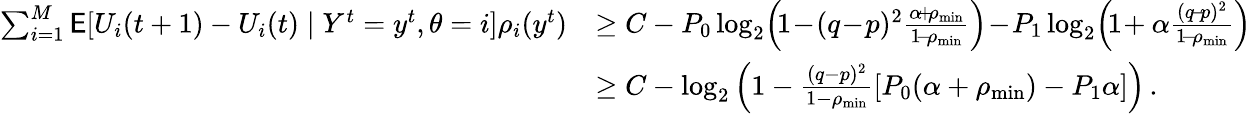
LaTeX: \begin{array}{rl}{\sum_{i=1}^{M}\mathsf{E}[U_{i}(t+1)-U_{i}(t)\mid Y^{t}=y^{t},\theta=i]\rho_{i}(y^{t})}&{\ge C-P_{0}\log_{2}\! \left(\! 1\! -\! (q\! -\! p)^{2}\frac{\alpha\! +\! \rho_{\operatorname*{min}}}{1\! -\! \rho_{\operatorname*{min}}}\right)\! -\! P_{1}\log_{2}\! \left(\! 1\! +\alpha\frac{(q\! -\! p)^{2}}{1\! -\! \rho_{\operatorname*{min}}}\right)}\\ &{\ge C-\log_{2}\left(1-\frac{(q-p)^{2}}{1-\rho_{\operatorname*{min}}}[P_{0}(\alpha+\rho_{\operatorname*{min}})-P_{1}\alpha]\right)\, .}\end{array}